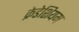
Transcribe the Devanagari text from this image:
क्रेडेशियम